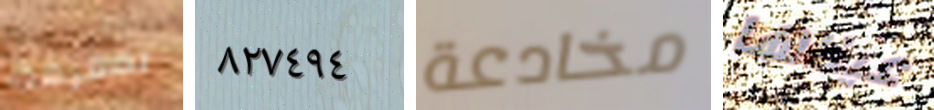
بمعرفة ٨٢٧٤٩٤ مخادعة عيناها